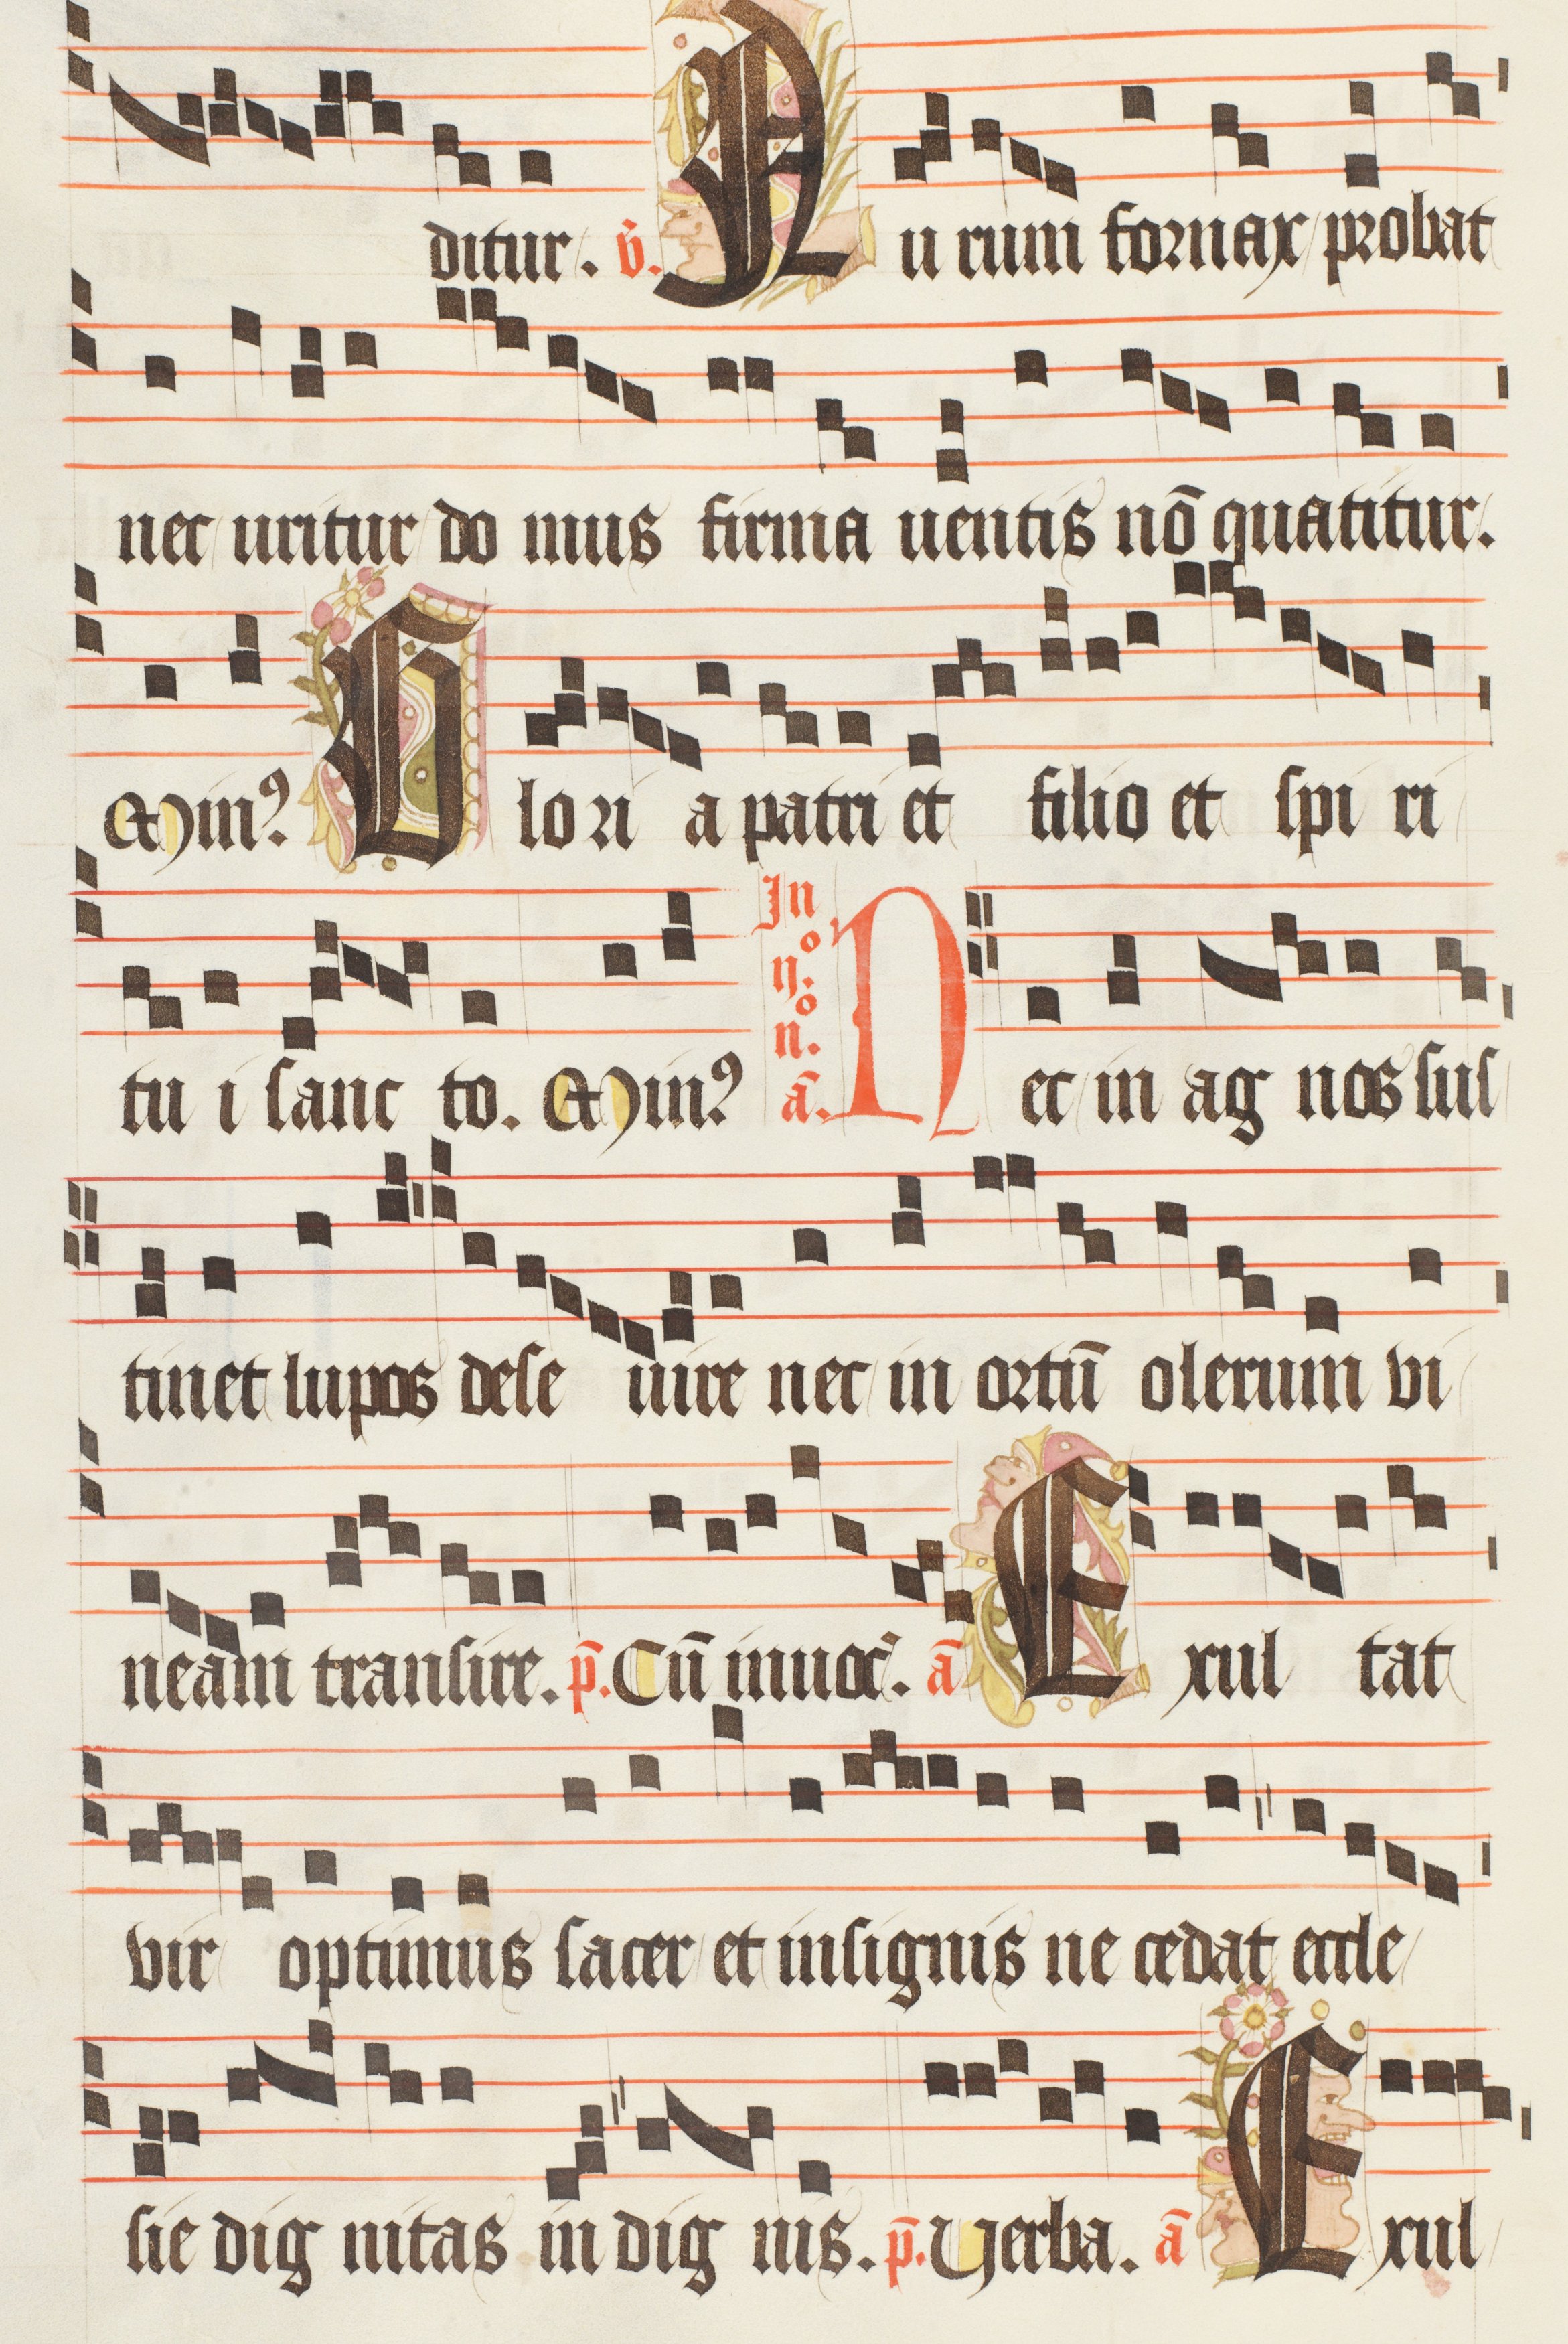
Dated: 1474–1505